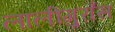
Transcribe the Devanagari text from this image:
लालीगुराँस